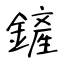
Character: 鏟